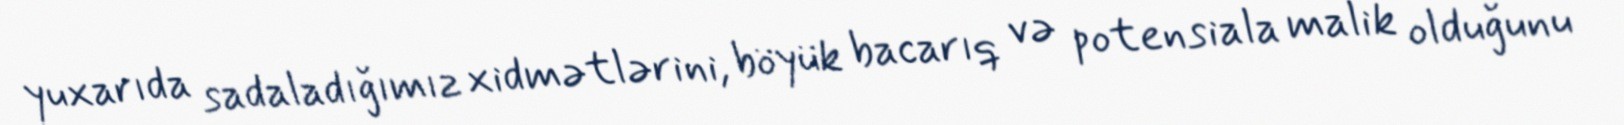
yuxarıda sadaladığımız xidmətlərini, böyük bacarıq və potensiala malik olduğunu